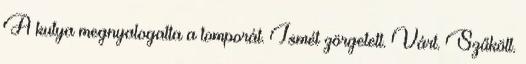
A kutya megnyalogatta a tomporát. Ismét zörgetett. Várt. Szűkölt.